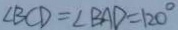
\angle B C D = \angle B A D = 1 2 0 ^ { \circ }